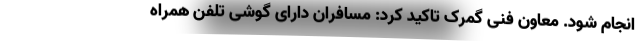
انجام شود. معاون فنی گمرک تاکید کرد: مسافران دارای گوشی تلفن همراه